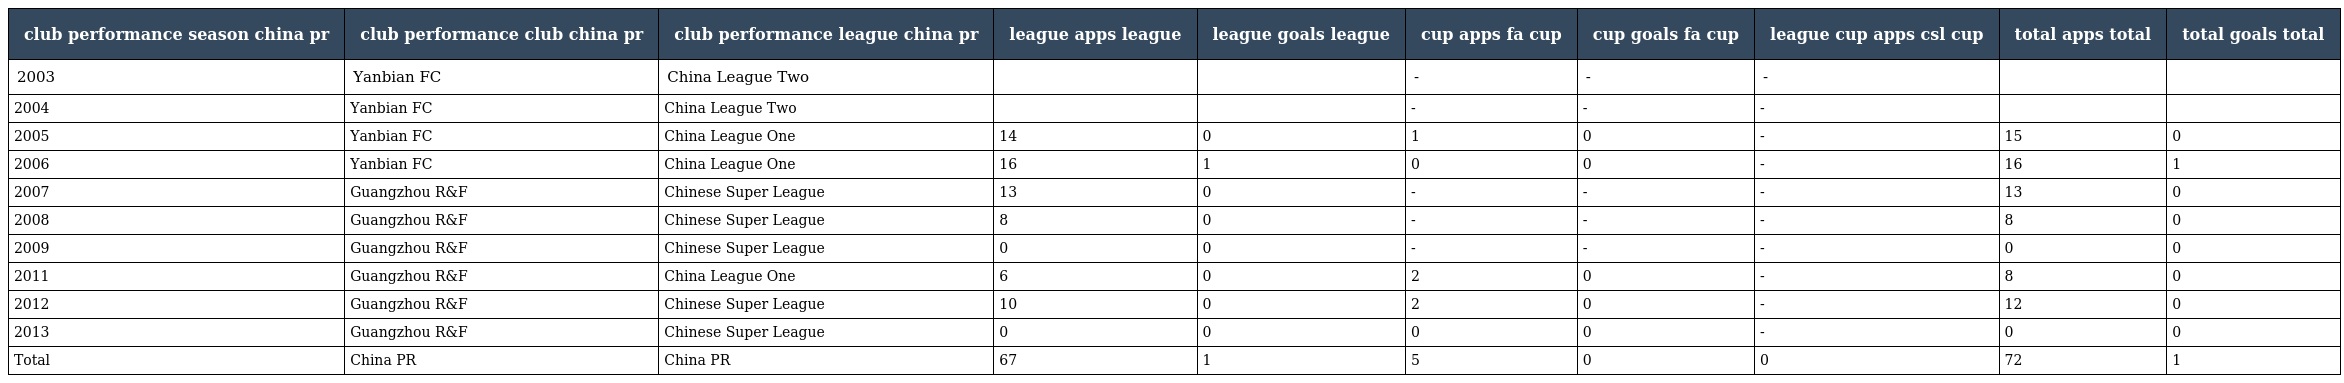
| club performance season china pr | club performance club china pr | club performance league china pr | league apps league | league goals league | cup apps fa cup | cup goals fa cup | league cup apps csl cup | total apps total | total goals total |
 | --- | --- | --- | --- | --- | --- | --- | --- | --- | --- |
 | 2003 | Yanbian FC | China League Two |  |  | - | - | - |  |  |
 | 2004 | Yanbian FC | China League Two |  |  | - | - | - |  |  |
 | 2005 | Yanbian FC | China League One | 14 | 0 | 1 | 0 | - | 15 | 0 |
 | 2006 | Yanbian FC | China League One | 16 | 1 | 0 | 0 | - | 16 | 1 |
 | 2007 | Guangzhou R&F | Chinese Super League | 13 | 0 | - | - | - | 13 | 0 |
 | 2008 | Guangzhou R&F | Chinese Super League | 8 | 0 | - | - | - | 8 | 0 |
 | 2009 | Guangzhou R&F | Chinese Super League | 0 | 0 | - | - | - | 0 | 0 |
 | 2011 | Guangzhou R&F | China League One | 6 | 0 | 2 | 0 | - | 8 | 0 |
 | 2012 | Guangzhou R&F | Chinese Super League | 10 | 0 | 2 | 0 | - | 12 | 0 |
 | 2013 | Guangzhou R&F | Chinese Super League | 0 | 0 | 0 | 0 | - | 0 | 0 |
 | Total | China PR | China PR | 67 | 1 | 5 | 0 | 0 | 72 | 1 |